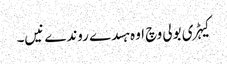
کیہڑی بولی وچ اوہ ہسدے روندے نیں۔